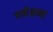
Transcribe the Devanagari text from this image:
गणेशभट